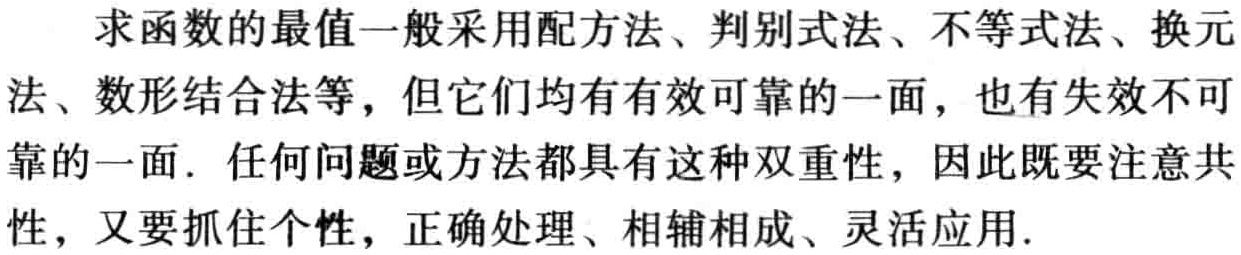
求函数的最值一般采用配方法、判别式法、不等式法、换元法、数形结合法等，但它们均有有效可靠的一面，也有失效不可靠的一面．任何问题或方法都具有这种双重性，因此既要注意共性，又要抓住个性，正确处理、相辅相成、灵活应用.